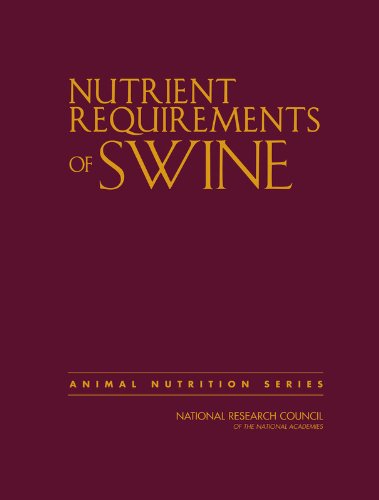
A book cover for Nutrient Requirements of Swine:: Eleventh Revised Edition (Animal Nutrition); Committee on Animal Nutrition; Medical Books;